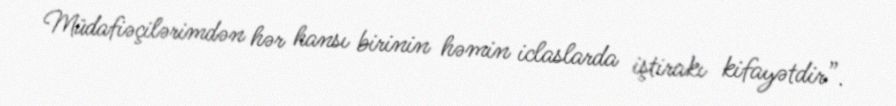
Müdafiəçilərimdən hər hansı birinin həmin iclaslarda iştirakı kifayətdir”.